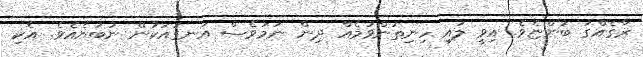
ރާގެއްގަ ބުންޏެވެ. އިވީ ލުއި ހިނިތުންވުމެއް ދިން ނަމަވެސް އަނގައަކުން ނުބުނެއެވެ. އެކި